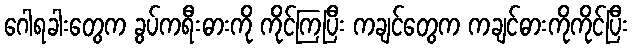
ဂေါရခါးတွေက ခွပ်ကရီးဓားကို ကိုင်ကြပြီး ကချင်တွေက ကချင်ဓားကိုကိုင်ပြီး